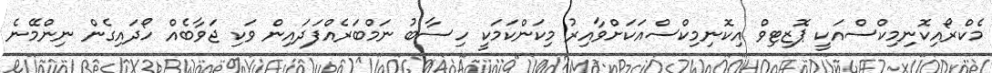
މެކްރޯއިކޮނިމިކްސްއަކީ ޕޮޒިޓިވް އިކޮނިމިކްސްއަކަށްވާއިރު މިކަންކަމަކީ ހިސާބު ނަމްބަރެއްފަދައިން ވަކި ޖަވާބެއް ހޯދައިގެން ނިންމޭނެ